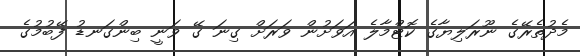
މެދުތެރޭގެ ނޫރަލިޔާގެ ކޮޓްމާލެ އަވަށުން ވަރަށް ގިނަ ގޭ ވަނީ ބިންގަނޑު ފޭބުމުގެ